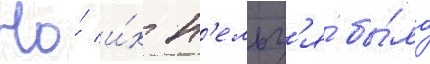
Но́ и́х н'ельз'я́ бы́ло